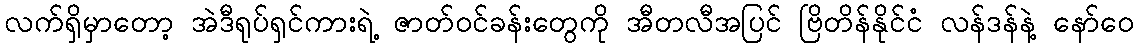
လက်ရှိမှာတော့ အဲဒီရုပ်ရှင်ကားရဲ့ ဇာတ်ဝင်ခန်းတွေကို အီတလီအပြင် ဗြိတိန်နိုင်ငံ လန်ဒန်နဲ့ နော်ဝေ